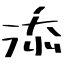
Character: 添